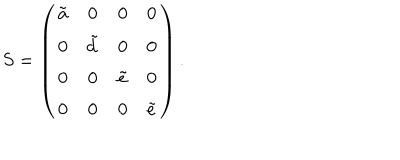
S = \left( \begin{array} { c c c c } { { \tilde { a } } } & { { 0 } } & { { 0 } } & { { 0 } } \\ { { 0 } } & { { \tilde { d } } } & { { 0 } } & { { 0 } } \\ { { 0 } } & { { 0 } } & { { \tilde { e } } } & { { 0 } } \\ { { 0 } } & { { 0 } } & { { 0 } } & { { \tilde { e } } } \\ \end{array} \right) .